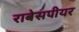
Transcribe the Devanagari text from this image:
राबेसपीयर